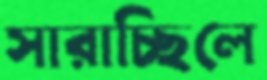
সারাচ্ছিলে